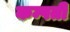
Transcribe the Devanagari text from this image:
कम्पती